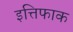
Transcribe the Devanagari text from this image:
इत्तिफाक